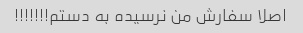
اصلا سفارش من نرسیده به دستم!!!!!!!